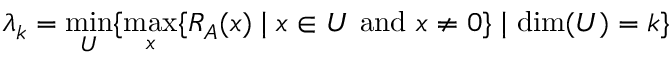
\lambda _ { k } = \operatorname* { m i n } _ { U } \{ \operatorname* { m a x } _ { x } \{ R _ { A } ( x ) \mid x \in U { \mathrm { ~ a n d ~ } } x \neq 0 \} \mid \dim ( U ) = k \}